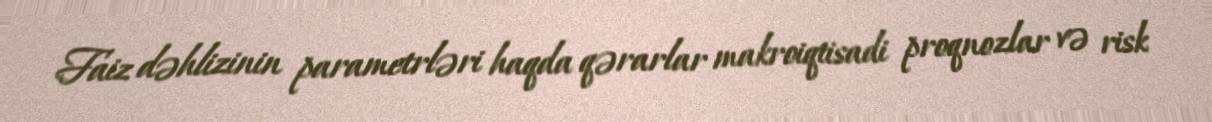
Faiz dəhlizinin parametrləri haqda qərarlar makroiqtisadi proqnozlar və risk